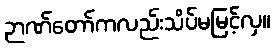
ဉာဏ်တော်ကလည်းသိပ်မမြင့်လှ။